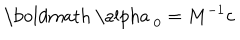
\mathrm { \boldmath ~ \ a l p h a ~ } _ { 0 } = M ^ { - 1 } { \bf c }